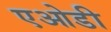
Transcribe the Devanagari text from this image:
एओडी